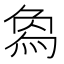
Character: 𤊱